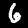
Digit: 6